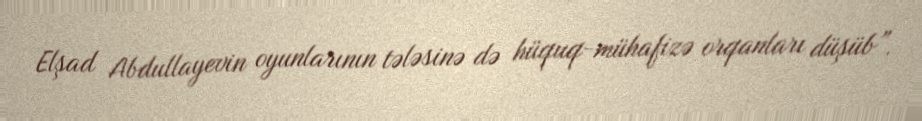
Elşad Abdullayevin oyunlarının tələsinə də hüquq-mühafizə orqanları düşüb”.